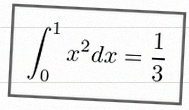
\int_0^1 x^2dx=\frac13